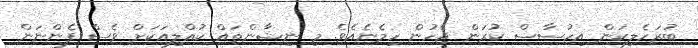
ބުރަހެލިކަން އިހުސާސް ކުރަން ޖެހުން ހިމެނެއެވެ. މި ނިޝާންތައް ކުއްލިއަކަށް ވެސް ފެންނަން